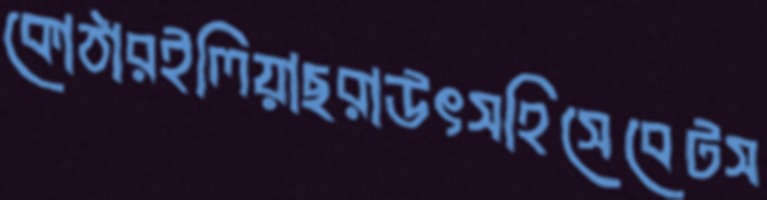
কোঠারইলিয়াছরাউৎসহিসেবেটস